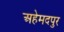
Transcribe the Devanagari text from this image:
अहेमदपुर